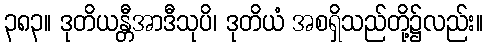
၃၈၃။ ဒုတိယန္တီအာဒီသုပိ၊ ဒုတိယံ အစရှိသည်တို့၌လည်း။